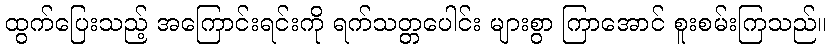
ထွက်ပြေးသည့် အကြောင်းရင်းကို ရက်သတ္တပေါင်း များစွာ ကြာအောင် စူးစမ်းကြသည်။